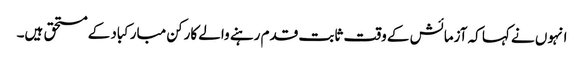
انہوں نے کہا کہ آزمائش کے وقت ثابت قدم رہنے والے کارکن مبارکباد کے مستحق ہیں۔